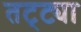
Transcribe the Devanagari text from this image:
तट्ट्या